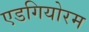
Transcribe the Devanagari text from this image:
एडगियोरम